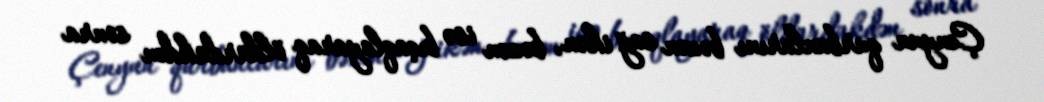
Çenyun qurbanlarını bəzən sağ ikən, bəzən isə bıçaqlayaraq öldürdükdən sonra